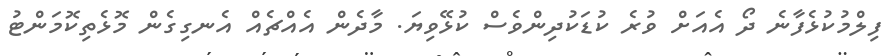
ފިލްމުކުޅެފާނެ ދޯ އެއަށް ވުރެ ކުޑަކުދިންވެސް ކުޅޭވިޔަ. މާދެން އެއްޗެއް އެނގިގެން މޮޅެތިކޮމަންޓު